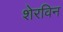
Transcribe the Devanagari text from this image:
शेरविन